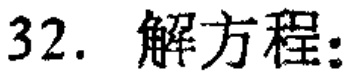
32. 解方程: